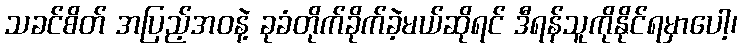
သခင်စိတ် အပြည့်အဝနဲ့ ခုခံတိုက်ခိုက်ခဲ့မယ်ဆိုရင် ဒီရန်သူကိုနိုင်ရမှာပေါ့၊